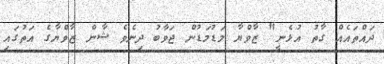
ދައްތައެއް ގާތު އުޅެނީ" ޒާވްޔާ މަޑުމަޑުން ޖަވާބު ދިނެވެ ޝާން ޒާވްޔާގެ އަތުގައި